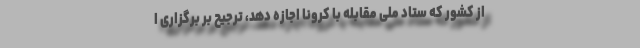
از کشور که ستاد ملی مقابله با کرونا اجازه دهد، ترجیح بر برگزاری ا